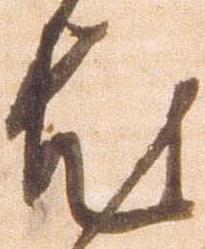
尤